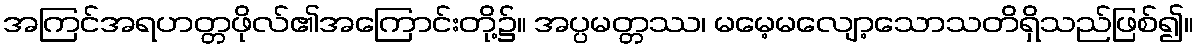
အကြင်အရဟတ္တဖိုလ်၏အကြောင်းတို့၌။ အပ္ပမတ္တဿ၊ မမေ့မလျော့သောသတိရှိသည်ဖြစ်၍။